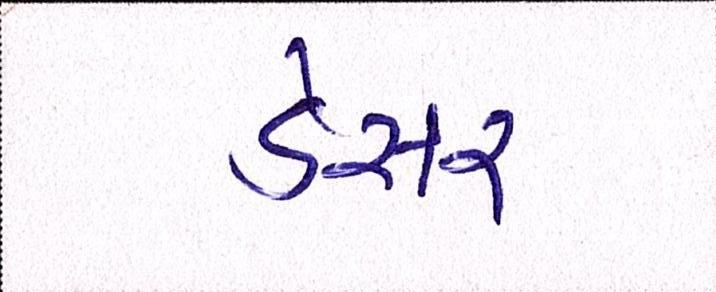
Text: ડેસર